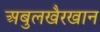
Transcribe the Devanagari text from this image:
अबुलखैरखान